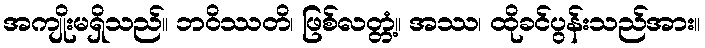
အကျိုးမရှိသည်။ ဘဝိဿတိ၊ ဖြစ်လတ္တံ့။ အဿ၊ ထိုခင်ပွန်းသည်အား။